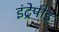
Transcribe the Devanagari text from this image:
इंट्रेपीड